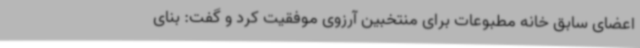
اعضای سابق خانه مطبوعات برای منتخبین آرزوی موفقیت کرد و گفت: بنای